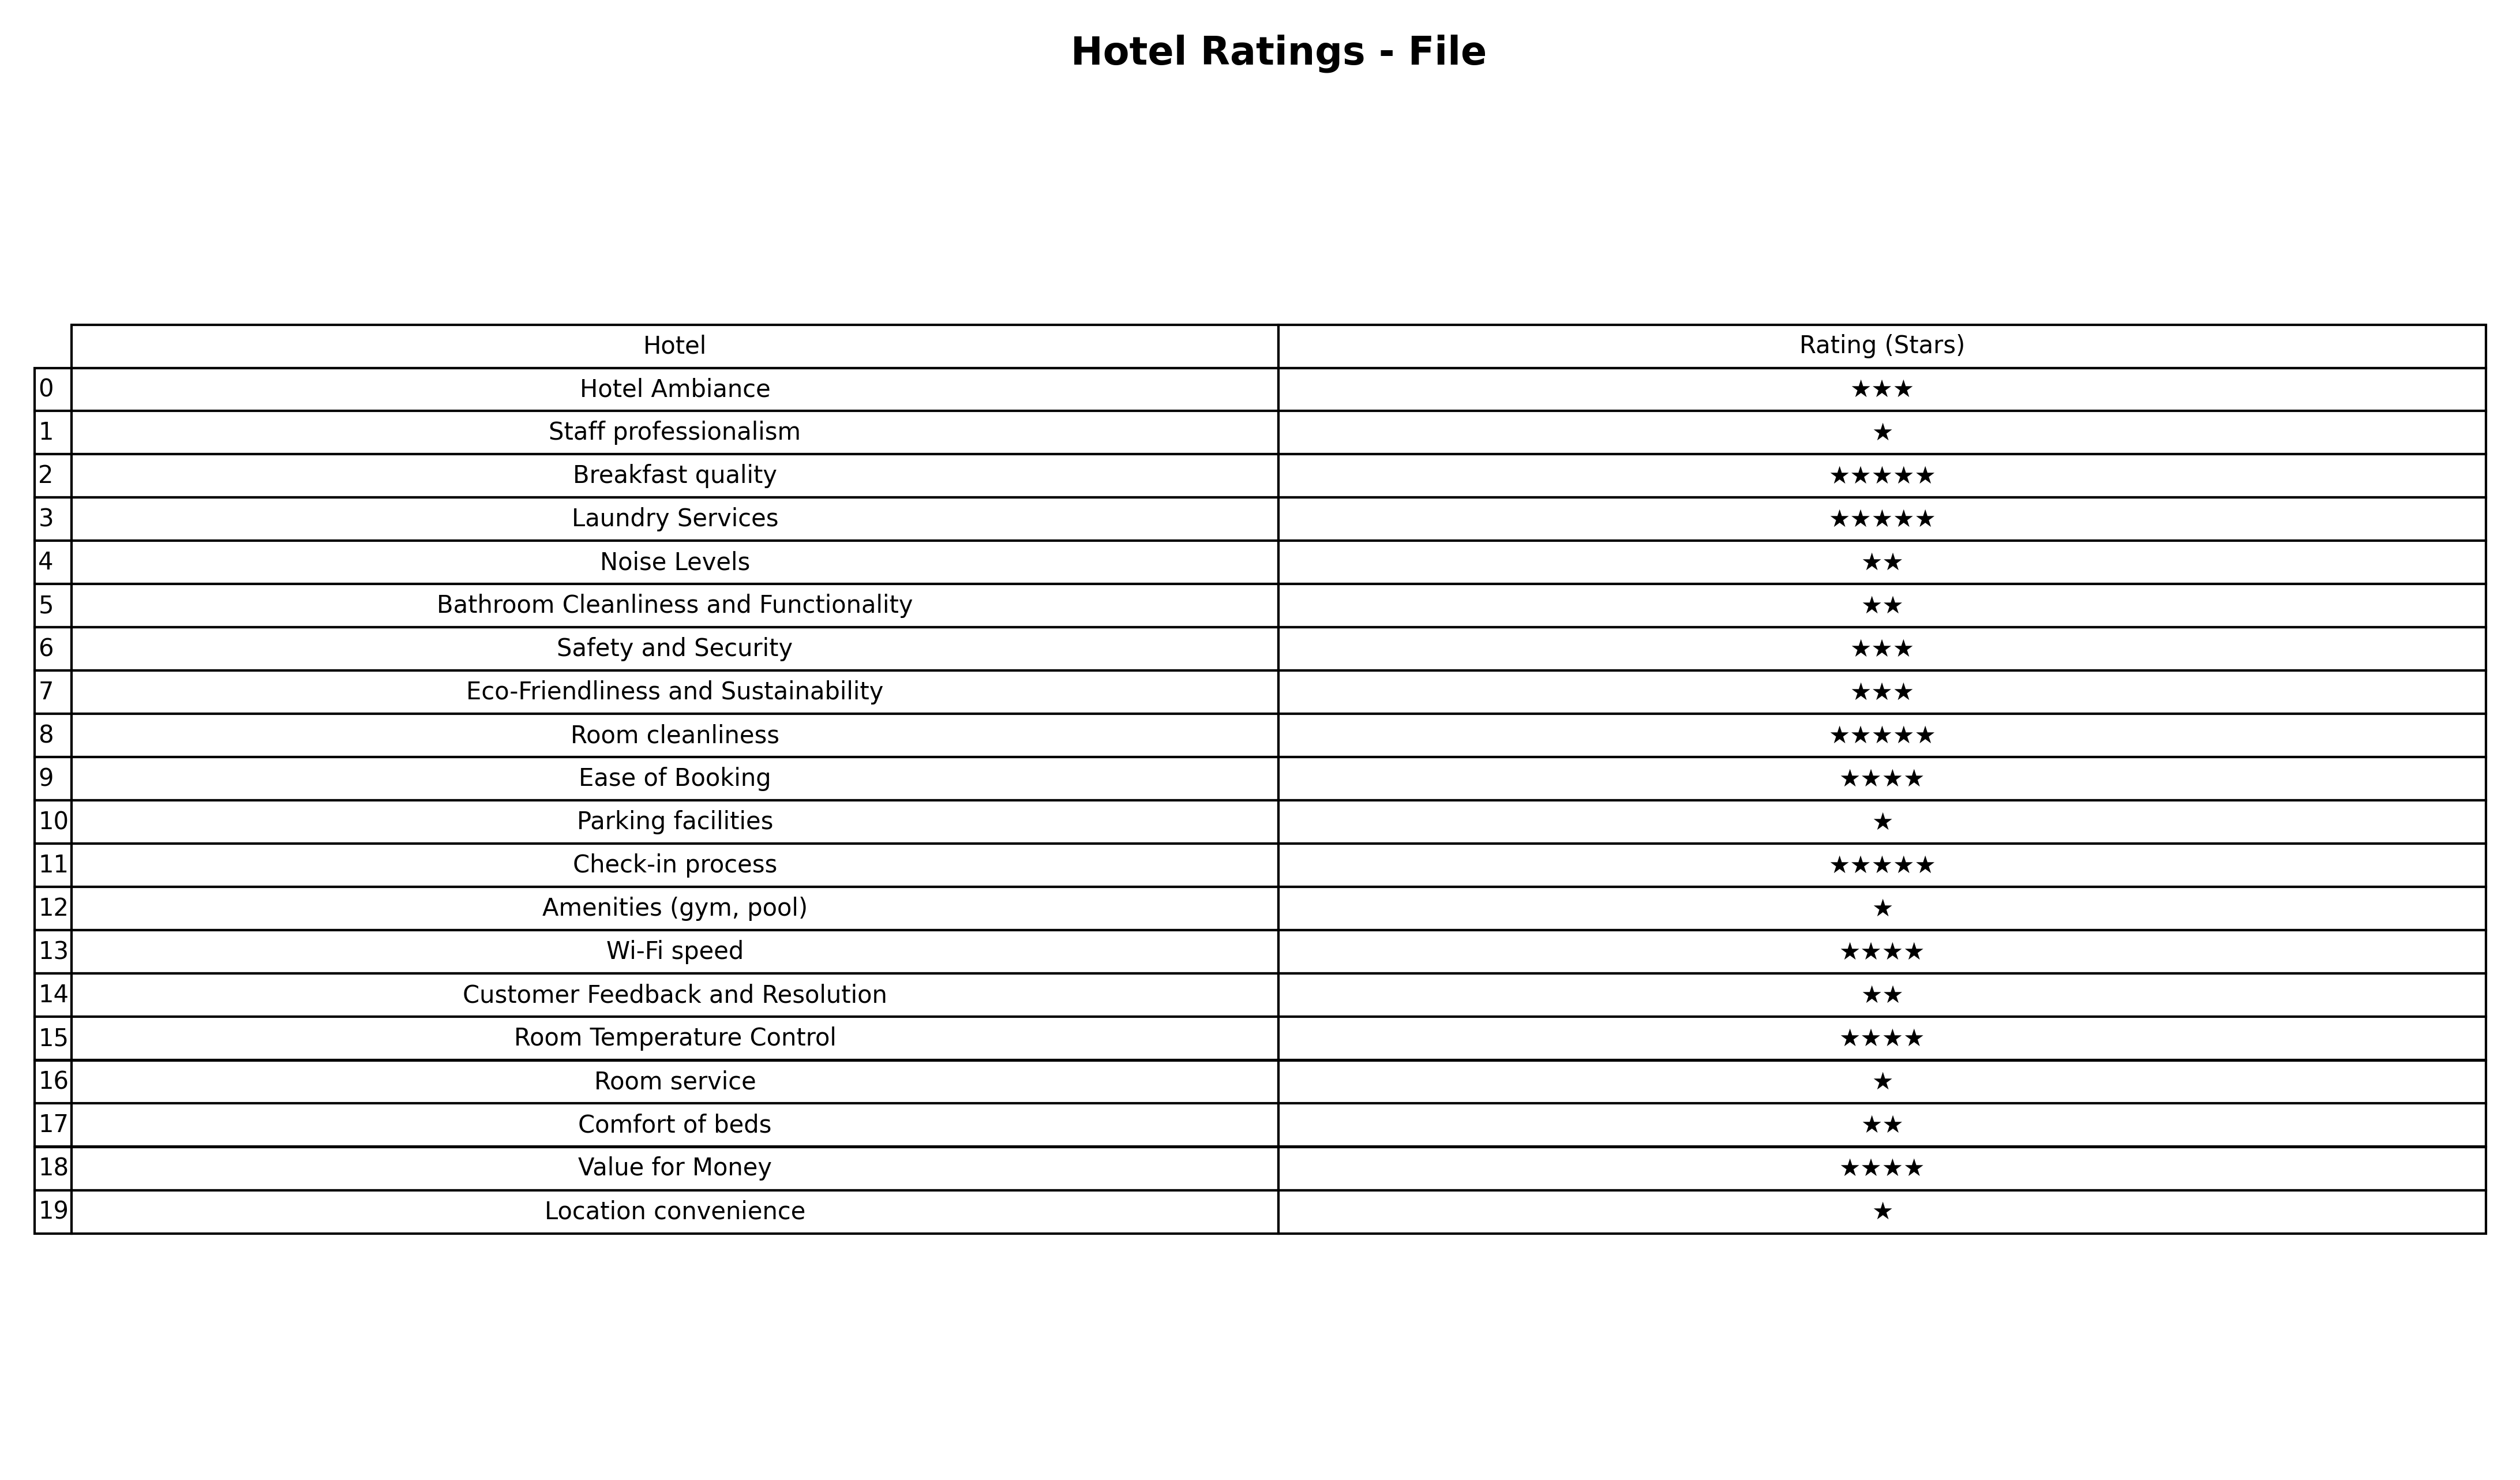
question: What are one star services?
answer: Staff professionalismParking facilitiesAmenities (gym, pool)Room serviceLocation convenience